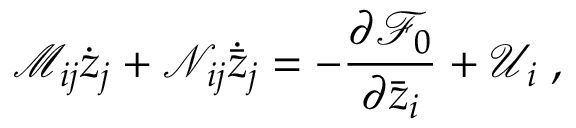
\mathcal M _ { i j } \dot { z } _ { j } + \mathcal N _ { i j } \dot { \bar { z } } _ { j } = - \ensuremath { \frac { \partial { \mathcal F } _ { 0 } } { \partial \bar { z } _ { i } } } + \mathcal U _ { i } \; ,